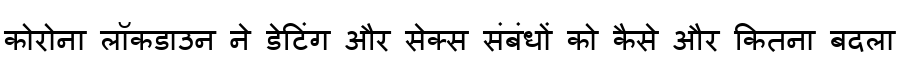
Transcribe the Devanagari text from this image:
कोरोना लॉकडाउन ने डेटिंग और सेक्स संबंधों को कैसे और कितना बदला